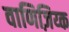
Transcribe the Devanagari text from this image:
वाणिज़िय्क